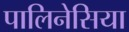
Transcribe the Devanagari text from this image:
पालिनेसिया